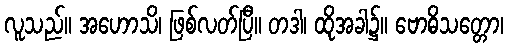
လူသည်။ အဟောသိ၊ ဖြစ်လတ်ပြီ။ တဒါ၊ ထိုအခါ၌။ ဗောဓိသတ္တော၊